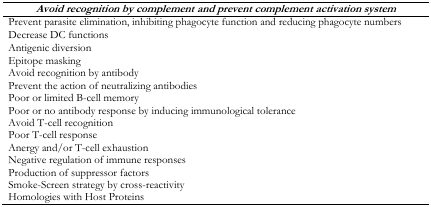
<table><thead><tr><td><b><i>Avoid recognition by complement and prevent complement activation system</i></b></td></tr></thead><tbody><tr><td>Prevent parasite elimination, inhibiting phagocyte function and reducing phagocyte numbers</td></tr><tr><td>Decrease DC functions</td></tr><tr><td>Antigenic diversion</td></tr><tr><td>Epitope masking</td></tr><tr><td>Avoid recognition by antibody</td></tr><tr><td>Prevent the action of neutralizing antibodies</td></tr><tr><td>Poor or limited B-cell memory</td></tr><tr><td>Poor or no antibody response by inducing immunological tolerance</td></tr><tr><td>Avoid T-cell recognition</td></tr><tr><td>Poor T-cell response</td></tr><tr><td>Anergy and/or T-cell exhaustion</td></tr><tr><td>Negative regulation of immune responses</td></tr><tr><td>Production of suppressor factors</td></tr><tr><td>Smoke-Screen strategy by cross-reactivity</td></tr><tr><td>Homologies with Host Proteins</td></tr></tbody></table>